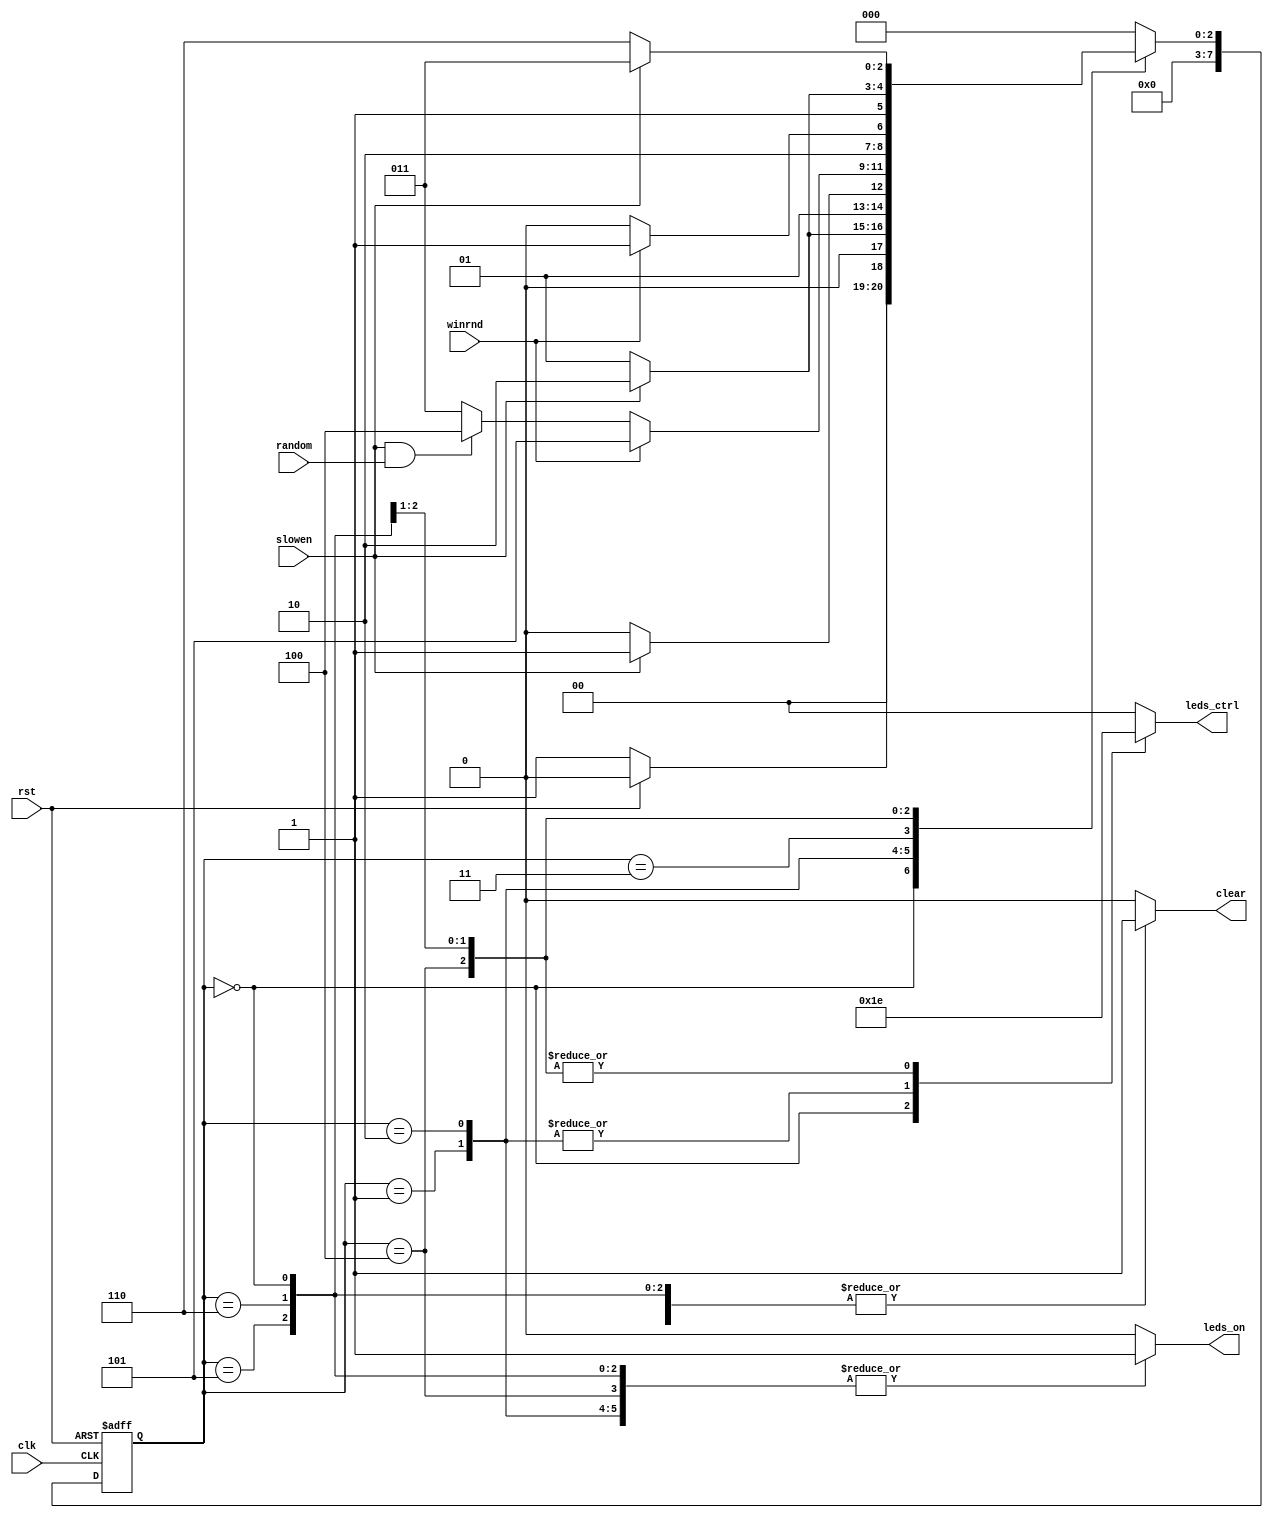
`timescale 1ns / 1ps

module MC(
    input clk,
    input rst,
    input winrnd,
    input slowen,
	 input random,
    output reg leds_on,
    output reg clear,
    output reg [1:0] leds_ctrl
    );
	
	reg [7:0] state;

	`define RESET 				0
	`define wait_a 			    1
	`define wait_b 			    2
	`define dark_random 		3
	`define play			 	4
	`define gloat_a		 	    5
	`define gloat_b 			6
	
	`define off 				0
	`define on 					3
	`define score				2
	`define sn                  1
	
	reg [7:0] next_state;	
	
	always @(posedge clk or posedge rst)
		begin 
		if(rst) state <= `RESET;
		else state <= next_state;
		end
		
	always @(state or rst or slowen or winrnd)
		begin
		
		case(state)
		`RESET: 			if(!rst)	next_state = `wait_a;
							else		next_state = `RESET;
		`wait_a: 		if(slowen)	next_state = `wait_b;
							else 			next_state = `wait_a;
		`wait_b: 		if(slowen)	next_state = `dark_random;
							else			next_state = `wait_b;
		`dark_random:	if(winrnd)	next_state = `gloat_a;
							else if(slowen&random)	next_state = `play;
							else	next_state = `dark_random;
		`play:			if(winrnd)	next_state = `gloat_a;
							else 			next_state = `play;
		`gloat_a:		if(slowen)	next_state = `gloat_b;
							else			next_state = `gloat_a;
		`gloat_b:		if(slowen)	next_state = `dark_random;
							else			next_state = `gloat_b;
		default:			next_state = `RESET;
		
		endcase
		
		end
		
	always @(state)
		begin
		
		case(state)
		`RESET:			begin  	leds_on = 1;  
										clear = 1;  
										leds_ctrl = `sn; 			
							end
		`wait_a: 		begin   	 leds_on = 1;  
										 clear = 1;  
										 leds_ctrl = `on; 			
							end
		`wait_b: 		begin  	 leds_on = 1;  
										 clear = 1;  
										 leds_ctrl = `on; 			
							end
		`dark_random:	begin  	 leds_on = 0;  
										 clear = 0;  
										 leds_ctrl = `off; 			
							end
		`play:			begin  	 leds_on = 1; 
										 clear = 0;  
										 leds_ctrl = `score; 	
							end
		`gloat_a:		begin  	 leds_on = 1;  
										 clear = 1;  
										 leds_ctrl = `score; 		
							end
		`gloat_b:		begin 	 leds_on = 1;  
										 clear = 1;  
										 leds_ctrl = `score; 		
							end
		default:			begin  	 leds_on = 0;  
										 clear = 0;  
										 leds_ctrl = `off; 			
							end
		endcase 
		end
		
		
endmodule